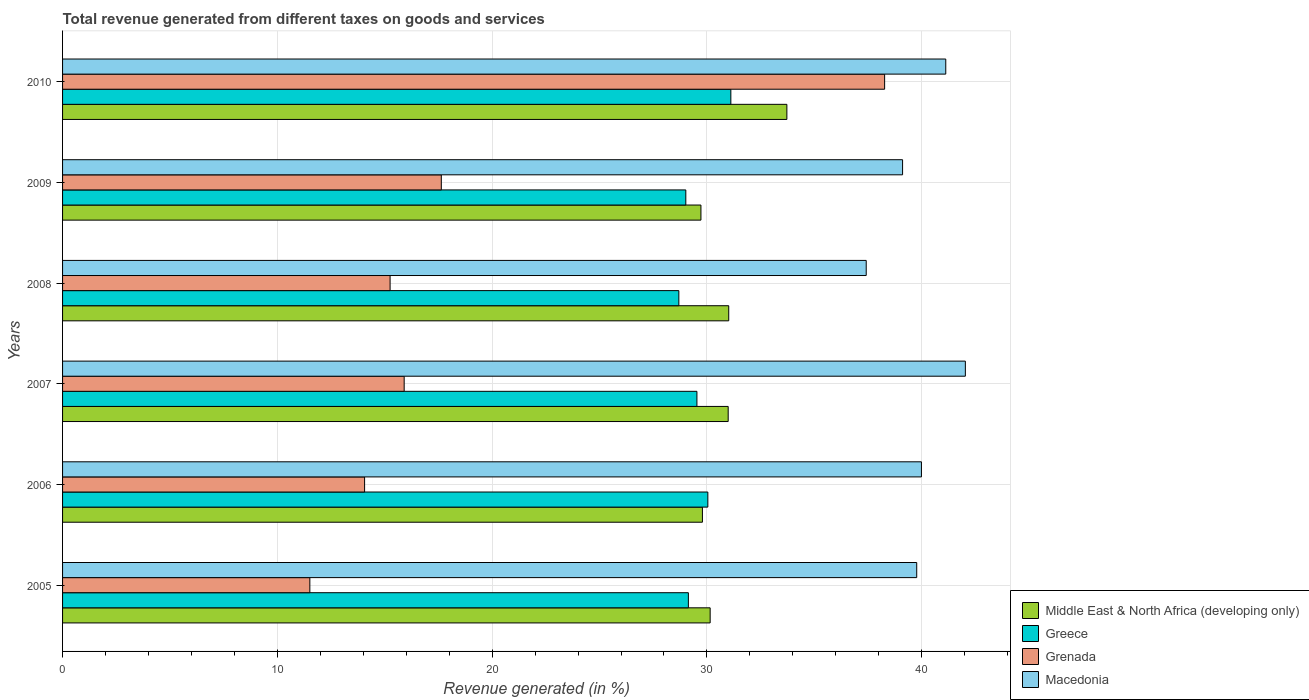
| Years | Middle East & North Africa (developing only) | Greece | Grenada | Macedonia |
 | --- | --- | --- | --- | --- |
 | 2005 | 30.2 | 29.1 | 11.5 | 39.8 |
 | 2006 | 29.8 | 30 | 14.1 | 40 |
 | 2007 | 31 | 29.5 | 15.9 | 42 |
 | 2008 | 31 | 28.7 | 15.2 | 37.4 |
 | 2009 | 29.7 | 29 | 17.6 | 39.1 |
 | 2010 | 33.7 | 31.1 | 38.3 | 41.1 |